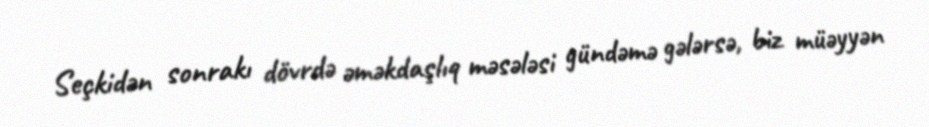
Seçkidən sonrakı dövrdə əməkdaşlıq məsələsi gündəmə gələrsə, biz müəyyən